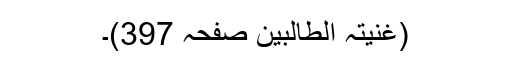
(غُنیتہ الطالبین صفحہ 397)۔